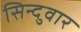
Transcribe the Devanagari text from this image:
सिन्दुवार